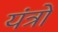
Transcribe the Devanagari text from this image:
यंंत्रों